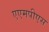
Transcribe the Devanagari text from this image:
एएमपीएस